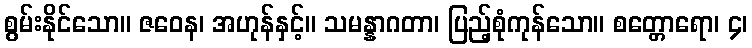
စွမ်းနိုင်သော။ ဇဝေန၊ အဟုန်နှင့်။ သမန္နာဂတာ၊ ပြည့်စုံကုန်သော။ စတ္တောရော၊ ၄၊